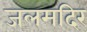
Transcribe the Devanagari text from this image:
जलमदिर